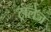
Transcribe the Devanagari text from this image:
ट्रालेज